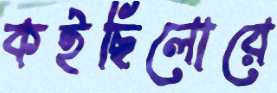
কইছিলোরে